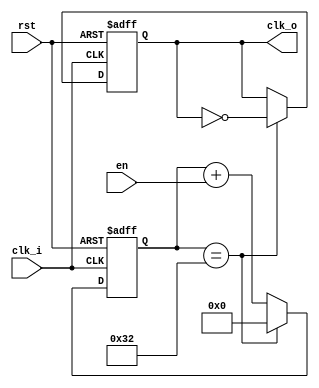
/* -------------------------------------------- *
 * Title       : Parameterised Clock Generator  *
 * Project     : Verilog Utility Modules        *
 * -------------------------------------------- *
 * Last Edit   : 23/01/2021                     *
 * -------------------------------------------- *
 * Description : Generates various clock freq.  *
 * -------------------------------------------- */

module clkGenP #(parameter PERIOD = 1020, parameter CLKPERIOD = 10)(
  input clk_i,
  input rst,
  input en,
  output reg clk_o);
  localparam CYCLESinHALFP = PERIOD / (2 * CLKPERIOD);
  localparam COUNTERSIZE = $clog2(CYCLESinHALFP-1);

  wire countDone;
  reg [COUNTERSIZE-1:0] counter;

  assign countDone = (counter == (CYCLESinHALFP-1));

  always@(posedge clk_i or posedge rst)
    begin
      if(rst)
        clk_o <= 1'd0;
      else
        clk_o <= (countDone) ? ~clk_o : clk_o;
    end
  
  always@(posedge clk_i or posedge rst)
    begin
      if(rst)
          counter <= {COUNTERSIZE{1'd0}};
      else
          counter <= (countDone) ? {COUNTERSIZE{1'd0}} : (counter + {{(COUNTERSIZE-1){1'd0}},en});
    end
endmodule//bitClkGen